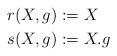
LaTeX: \begin{align*} r(X,g)&:=X \\ s(X,g)&:=X.g \end{align*}